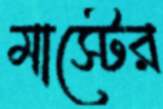
মাস্টের